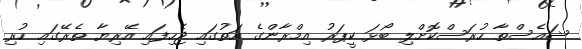
ޝައެސްތާ ހުރަސްކޮށްލި ބޯޅަ ކީޕަރު އިމްރާންގެ އަތުގައި ޖެހިފައި އޭރިޔާ ތެރޭގައި ހުރި